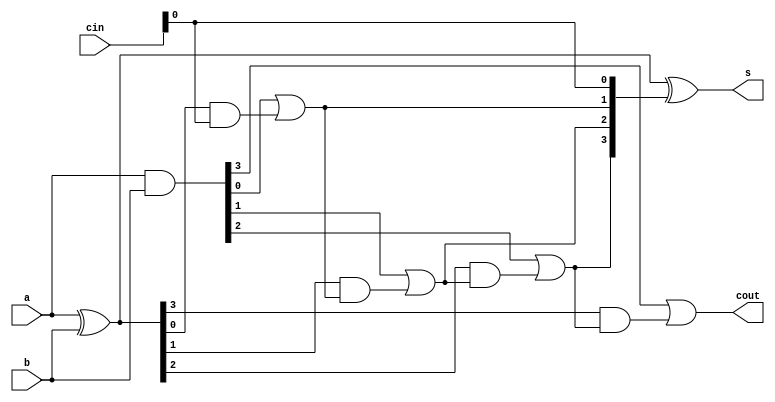

module CLA_cell#(
    parameter width = 4   
)(
    a,
    b,
    cin,
    cout,
    s
);

input [width-1:0]a,b,cin;
output [width-1:0]s;
output cout;

wire [width:0]c;
wire [width-1:0]Pi;
wire [width-1:0]Gi;

assign Pi = a ^ b;
assign Gi = a & b;
assign c[0] = cin;

genvar i;
generate
    for(i=0;i<width;i=i+1)begin:carry_gen
        assign c[i+1] = Gi[i] || Pi[i]&&c[i];
    end
endgenerate

assign s = Pi ^ c[width-1:0];
assign cout = c[width];

endmodule